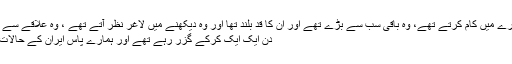
اُن میں سے ایک جو ساحلوں کی سیکیورٹی کے ادارے میں کام کرتے تھے، وہ باقی سب سے بڑے تھے اور اُن کا قد بلند تھا اور وہ دیکھنے میں لاغر نظر آتے تھے ، وہ علاقے سے گزرتے ہوئے پکڑے گئے اور قیدی بن گئے تھے
دن ایک ایک کرکے گزر رہے تھے اور ہمارے پاس ایران کے حالات اور مسلط کردہ جنگ کی دقیق معلومات نہیں تھی۔